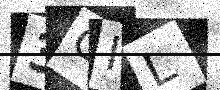
Text: 3GIL